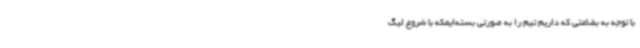
با توجه به بضاعتی که داریم تیم را به صورتی بسته‌ایمکه با شروع لیگ